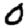
Digit: 0